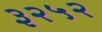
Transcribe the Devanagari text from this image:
३२५२